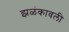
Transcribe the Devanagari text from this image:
झळंकावली